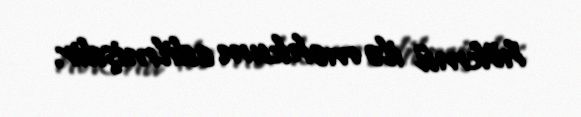
hökmü ilə məhkum edilmişdir.